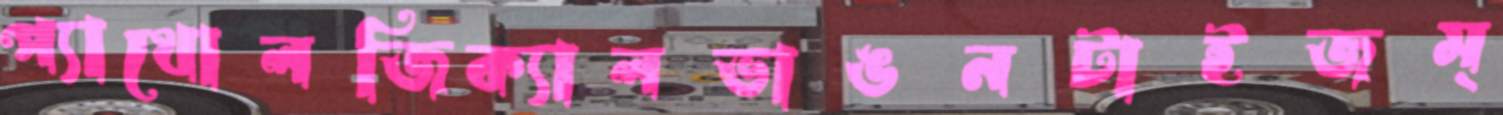
প্যাথোলজিক্যালভাঙনটাইজম্